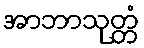
အာဘာသုတ္တံ